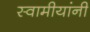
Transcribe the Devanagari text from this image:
स्वामीयांनी